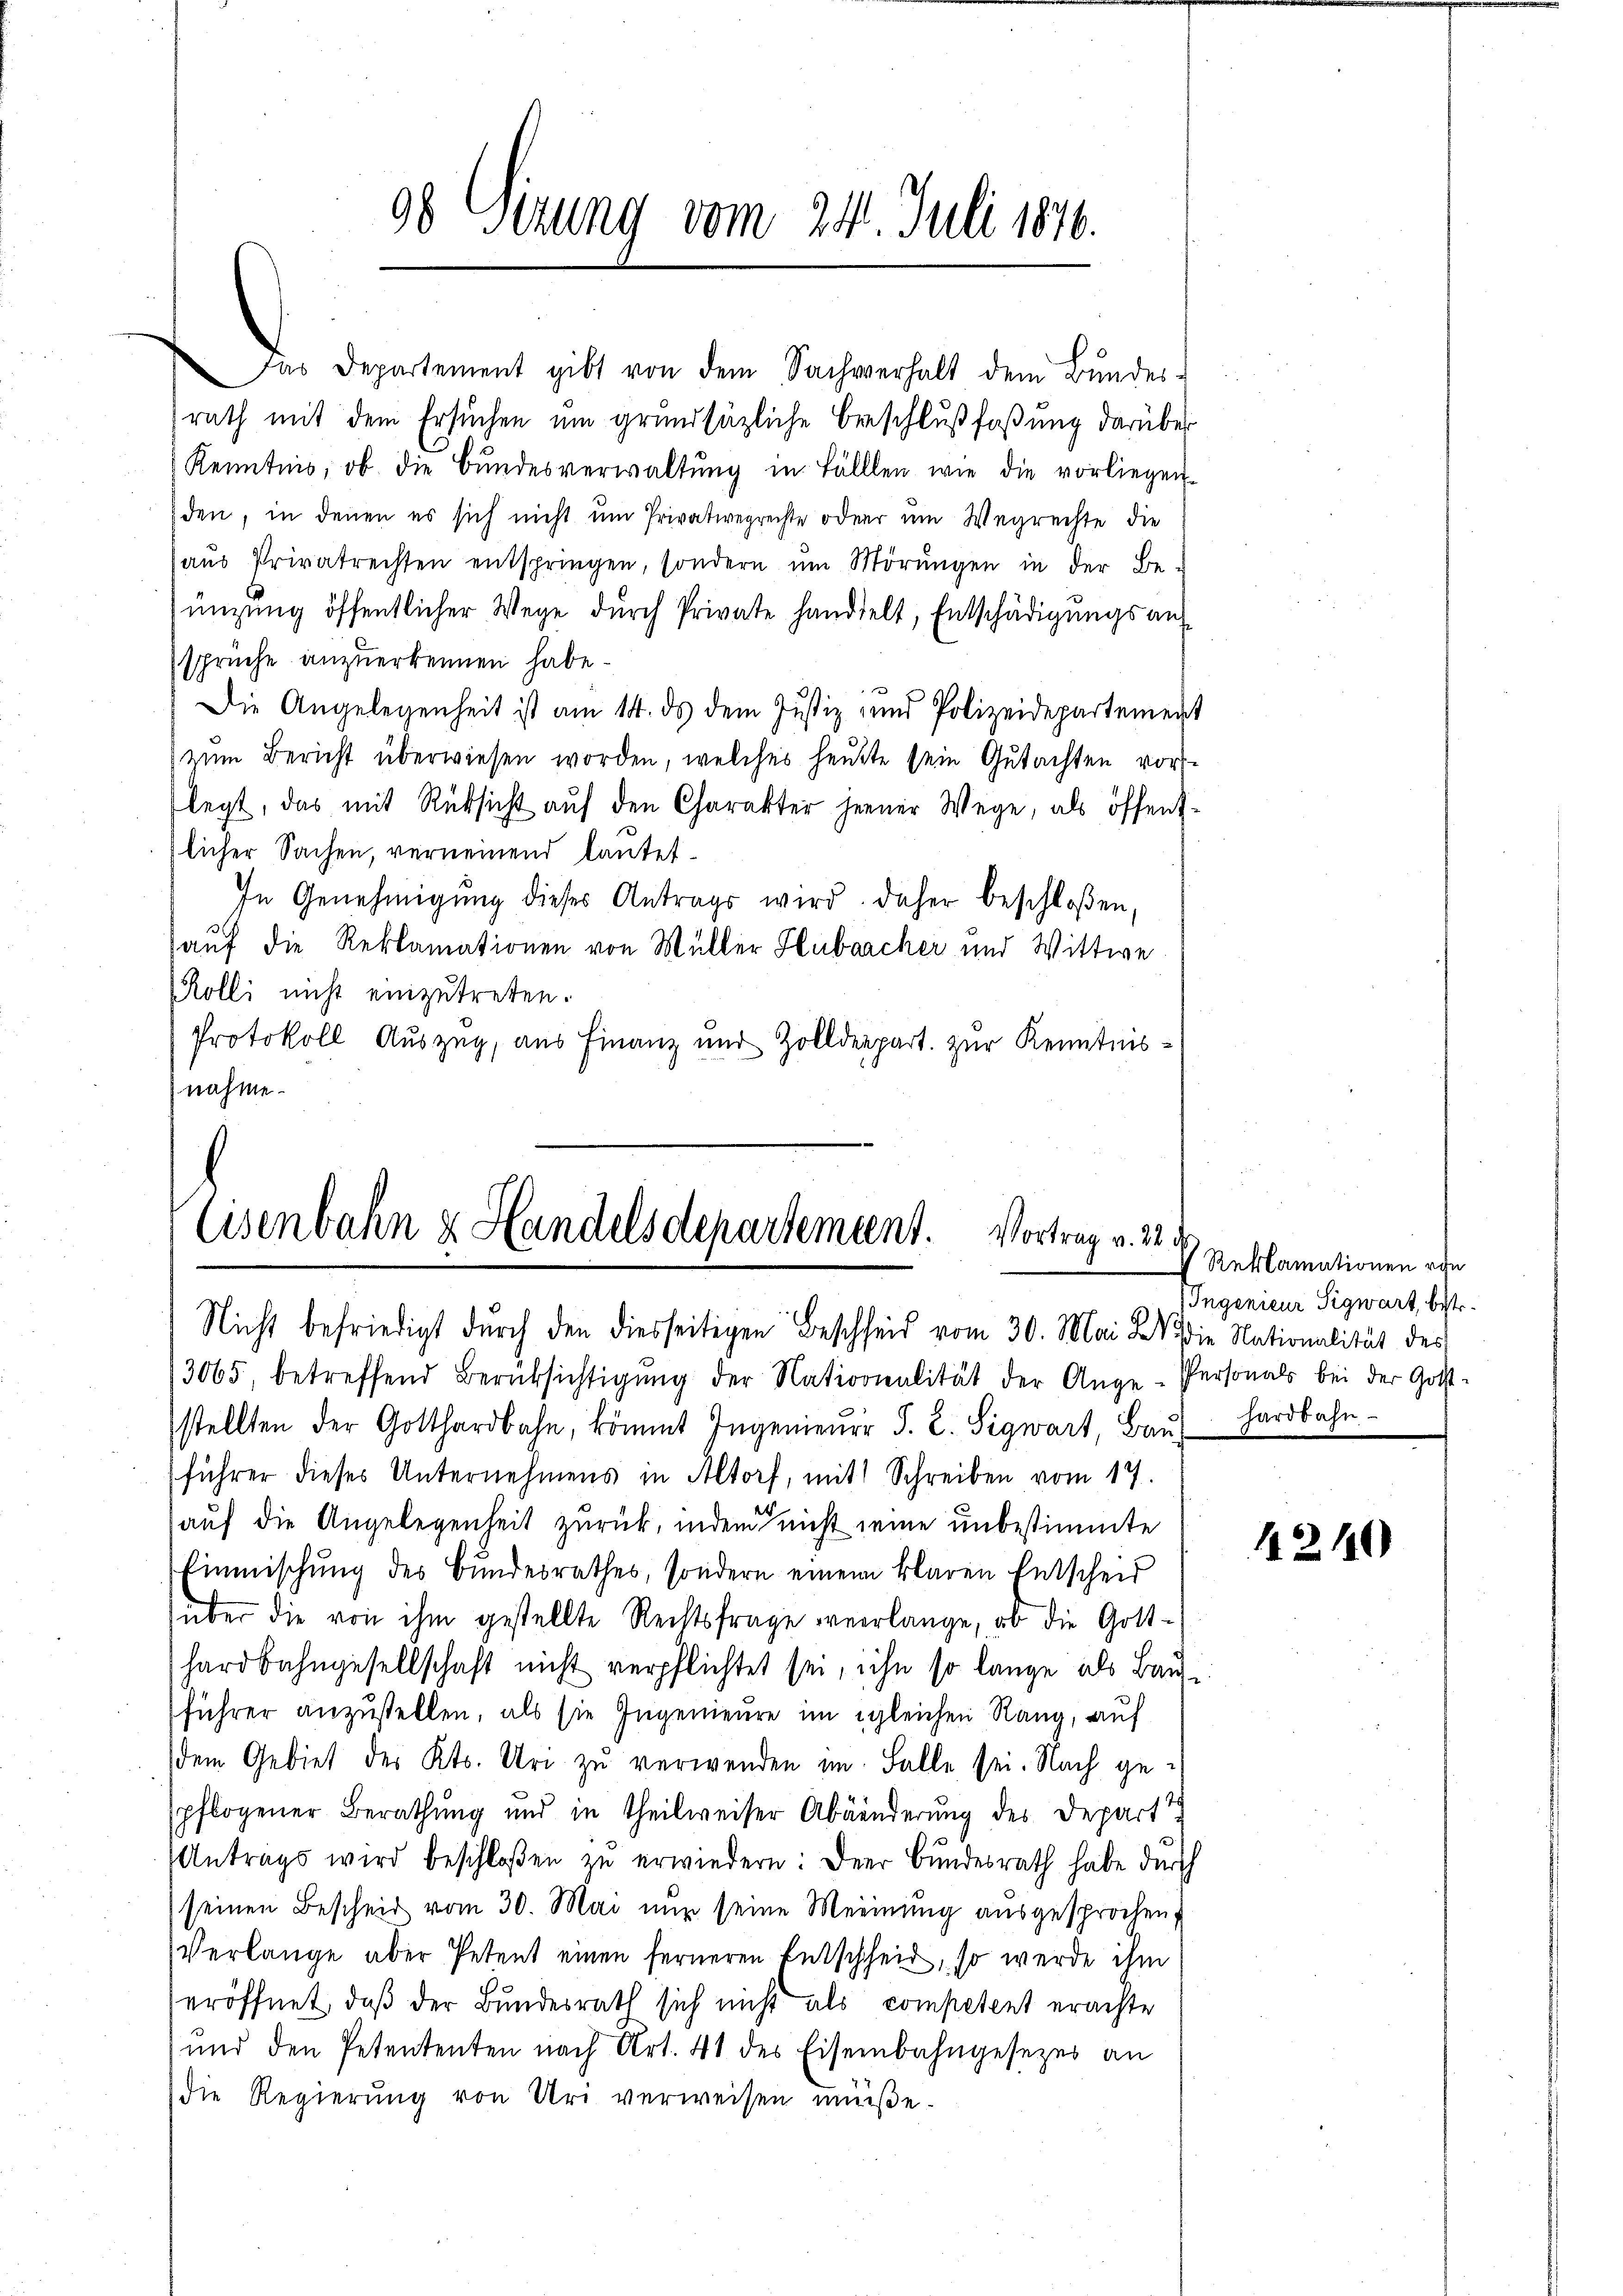
Das Departement gibt von dem Sachverhalt dem Bŭndes-
rath mit dem Ersuchen um grundsätzliche Beschlußfaßung darüber
Kenntnis, ob die Bŭndesverwaltŭng in Fällen wie die vorliegen-
den, in denen es sich nicht um Privatwegrechte oder um Wegrechte die
aŭs Privatrechten entspringen, sondern ŭm Mörŭngen in der Be-
ünzŭng öffentlicher Wege dŭrch Private handelt, Entschädigŭngsan
sprüche anzuerkennen habe.
Die Angelegenheit ist am 14. ds dem Justiz und Polizeidepartement
zum Bericht überwiesen worden, welches heute sein Gutachten vorlegt, das mit Rücksicht auf den Charakter jener Wege, als öffentlicher Sachen, verneinend lautet¬
In Genehmigŭng dieses Antrags wird daher beschloßen,
auf die Reklamationen von Müller Hubärcher und Wittwe
Kolli nicht einzutreten.
Protokoll Auszug, aus Finanz und Zolldepart. zur Kenntnisnahme.

98 Sizung vom 24. Juli 1876.

Eisenbahn & Handelsdepartement. Vortrag v. 22.
Nicht befriedigt durch den diesseitigen Bescheid vom 30. Mai d. die Nationalität des

3065 betreffend Berüksichtigŭng der Nationalität der Ange-Personals bei der Gott-
stellten der Gotthardbahn, kömmt Ingenieŭr S. 2. Sigwart, Bau
(führer dieses Unternehmens in Altorf, mit Schreiben vom 17.
(auf die Angelegenheit zurück, indem nicht seine unbestimmte
Einmischung des Bundesrathes, sondern einem klaren Entscheid
über die von ihm gestellte Rechtsfrage verlange, ob die Gotthardbahngesellschaft nicht verpflichtet sei, ihn so lange als Bau
führer anzustellen, als sie Ingenieure im gleichen Rang, auf
(dem Gebiet des Kts. Uri zu verwenden im Falle sei. Nach gepflogener Berathung und in Theilweiser Abänderung des Depart
Antrags wird beschloßen zŭ erwiedern: Der Bundesrath habe durch
seinen Bescheid vom 30. Mai nun seine Meinung ausgesprochen,
Verlange aber Petent einen ferneren Entschheit, so werde ihm
eröffnet, daß der Bundesrath sich nicht als competent erachte
und den Petententen nach Art. 41 des Eisenbahngesezes an
die Regierŭng von Uri verweisen müße.

Reklamationen von
Ingenieur Sigwart, betr.
hardbahn.

12110